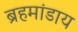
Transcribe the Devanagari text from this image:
ब्रहमांडाय